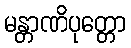
မန္တာဏိပုတ္တော